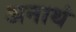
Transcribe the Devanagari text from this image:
अनाथं